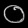
Digit: ၀